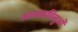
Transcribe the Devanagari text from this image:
अन्तकविन्दुओं